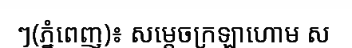
ៗ(ភ្នំពេញ)៖ សម្តេចក្រឡាហោម ស